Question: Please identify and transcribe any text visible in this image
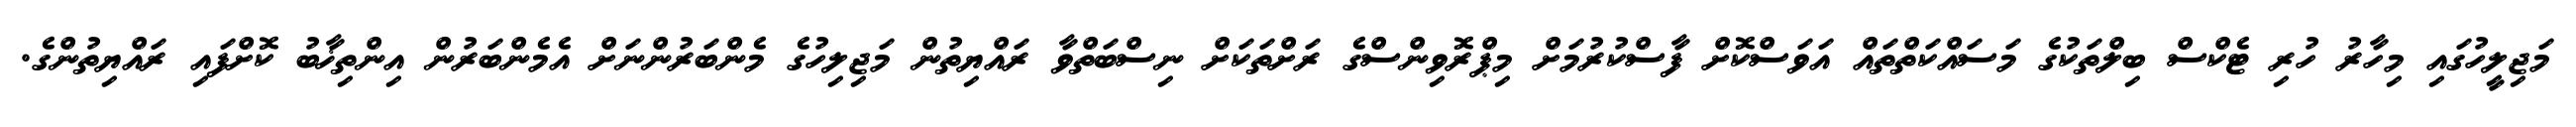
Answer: މަޖިލީހުގައި މިހާރު ހުރި ޓެކްސް ބިލްތަކުގެ މަސައްކަތްތައް އަވަސްކޮށް ފާސްކުރުމަށް މިޕްރޮވިންސްގެ ރަށްތަކަށް ނިސްބަތްވާ ރައްޔިތުން މަޖިލިހުގެ މެންބަރުންނަށް އެމެންބަރުން އިންތިޚާބު ކޮށްފައި ރައްޔިތުންގެ.